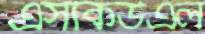
এসকিউএল